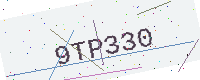
Text: 9TP330